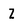
Character: Z